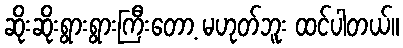
ဆိုးဆိုးရွားရွားကြီးတော့ မဟုတ်ဘူး ထင်ပါတယ်။